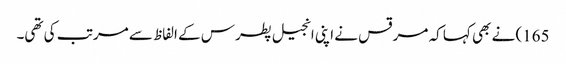
165) نے بھی کہا کہ مرقس نے اپنی انجیل پطرس کے الفاظ سے مرتب کی تھی۔